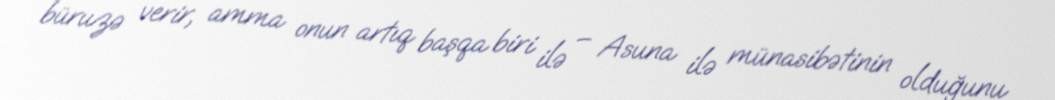
büruzə verir, amma onun artıq başqa biri ilə – Asuna ilə münasibətinin olduğunu